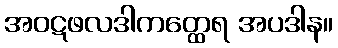
အဝဋဖလဒါကတ္ထေရ အပဒါန။